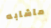
ماشابه